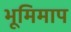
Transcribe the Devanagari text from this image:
भूमिमाप